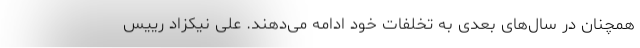
همچنان در سال‌های بعدی به تخلفات خود ادامه می‌دهند. علی نیکزاد رییس